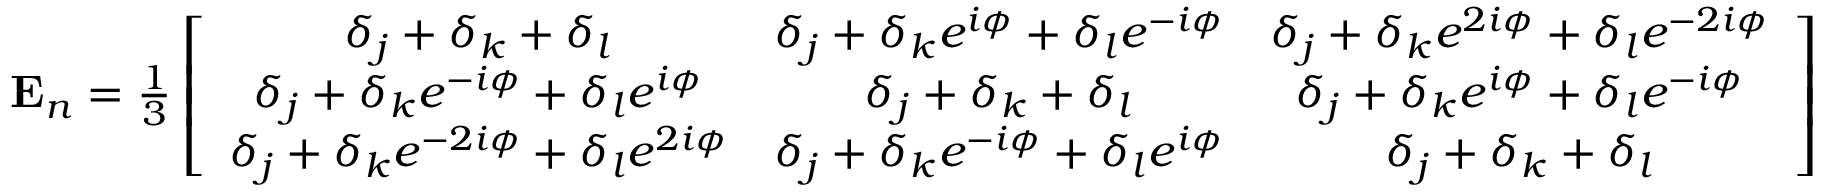
\begin{array} { r } { \mathbf { E } _ { n } = \frac { 1 } { 3 } \left[ \begin{array} { c c c } { \delta _ { j } + \delta _ { k } + \delta _ { l } } & { \delta _ { j } + \delta _ { k } e ^ { i \phi } + \delta _ { l } e ^ { - i \phi } } & { \delta _ { j } + \delta _ { k } e ^ { 2 i \phi } + \delta _ { l } e ^ { - 2 i \phi } } \\ { \delta _ { j } + \delta _ { k } e ^ { - i \phi } + \delta _ { l } e ^ { i \phi } } & { \delta _ { j } + \delta _ { k } + \delta _ { l } } & { \delta _ { j } + \delta _ { k } e ^ { i \phi } + \delta _ { l } e ^ { - i \phi } } \\ { \delta _ { j } + \delta _ { k } e ^ { - 2 i \phi } + \delta _ { l } e ^ { 2 i \phi } } & { \delta _ { j } + \delta _ { k } e ^ { - i \phi } + \delta _ { l } e ^ { i \phi } } & { \delta _ { j } + \delta _ { k } + \delta _ { l } } \end{array} \right] } \end{array}